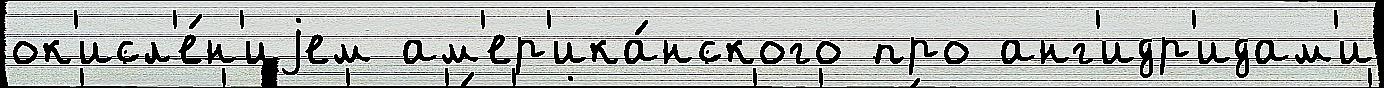
ок'исл'е́н'иjем ам'ер'ика́нского про анг'идр'идам'и